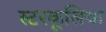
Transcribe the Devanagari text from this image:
स्टरकूलिया